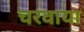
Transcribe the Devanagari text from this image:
चरवाया